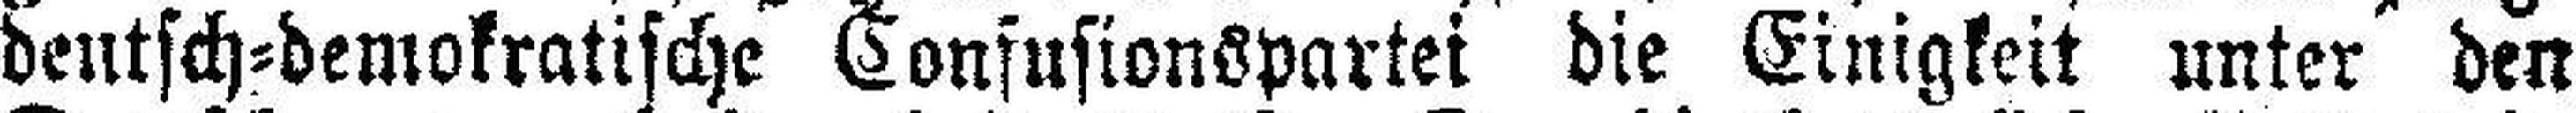
deutsch=demokratische Confusionspartei die Einigkeit unter den